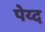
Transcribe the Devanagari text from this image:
पेय्द